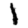
Digit: 1